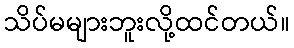
သိပ်မများဘူးလို့ထင်တယ်။